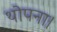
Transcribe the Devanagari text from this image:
थोपना।